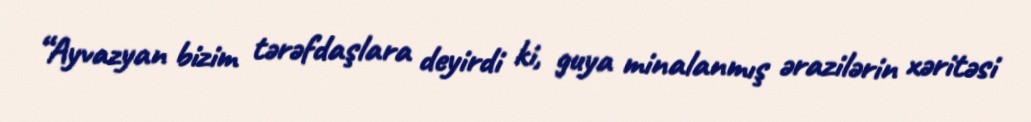
“Ayvazyan bizim tərəfdaşlara deyirdi ki, guya minalanmış ərazilərin xəritəsi